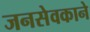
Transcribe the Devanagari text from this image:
जनसेवकाने